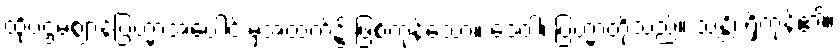
ထိုပဌမဈာန်ဗြဟ္မာအပေါင်းမှအထက်၌ ဖြစ်ကုန်သော။ ဒေဝါ၊ ဗြဟ္မာတို့သည်။ သန္တိ၊ ရှိကုန်၏။